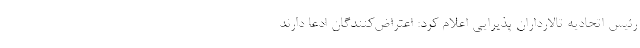
رئیس اتحادیه تالارداران پذیرایی اعلام کرد: اعتراض‌کنندگان ادعا دارند